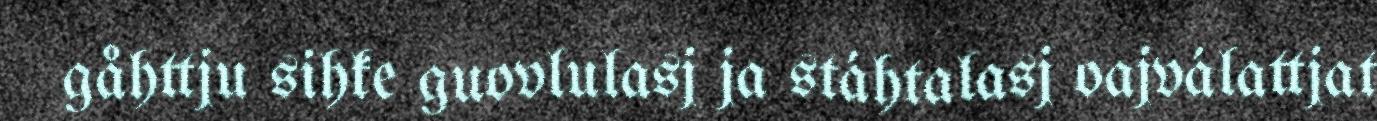
gåhttju sihke guovlulasj ja stáhtalasj oajválattjat